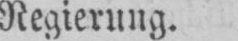
Regierung.